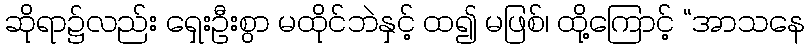
ဆိုရာ၌လည်း ရှေးဦးစွာ မထိုင်ဘဲနှင့် ထ၍ မဖြစ်၊ ထို့ကြောင့် “အာသနေ